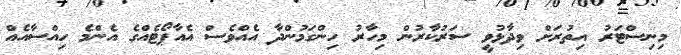
މިނިސްޓަރު އިތުރަށް ވިދާޅުވީ ސަރުކާރުން މިހާރު ހިންގަމުންދާ އެއްވެސް އެއާޕޯޓެއްގެ އެންމެ ހިއްސާއެއް